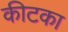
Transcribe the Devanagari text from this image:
कीटका